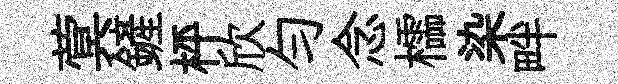
蓂鏟枰欣勻念櫺染畔